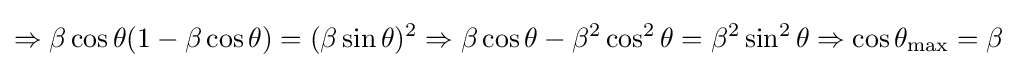
\Rightarrow \beta \cos \theta (1-\beta \cos \theta )=(\beta \sin \theta )^{2}\Rightarrow \beta \cos \theta -\beta ^{2}\cos ^{2}\theta =\beta ^{2}\sin ^{2}\theta \Rightarrow \cos \theta _{\text{max}}=\beta